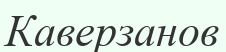
Каверзанов